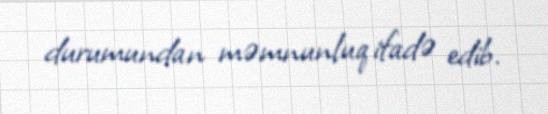
durumundan məmnunluq ifadə edib.